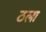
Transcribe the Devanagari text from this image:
ठला